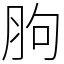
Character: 胊